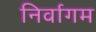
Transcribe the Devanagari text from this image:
निर्वागम